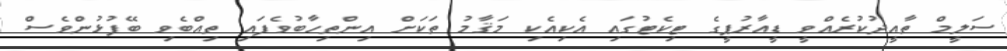
ސަލީމް ތާއީދުކުރެއްވީ ޑީއާރުޕީގެ ޓިކެޓުގައި އެކިއެކި މަޤާމު ތަކަށް އިންތިހާބުވެފައި ތިއްބެވި ބޭފުޅުންވެސް